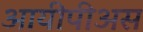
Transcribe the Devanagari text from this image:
आयीपीअस